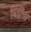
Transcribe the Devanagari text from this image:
पिडींची